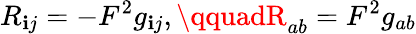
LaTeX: R_{\mathbf{i}j}=-F^{2}g_{\mathbf{i}j},\qquadR_{ab}=F^{2}g_{ab}